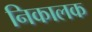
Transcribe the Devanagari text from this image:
निकालक